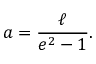
a = { \frac { \ell } { e ^ { 2 } - 1 } } .